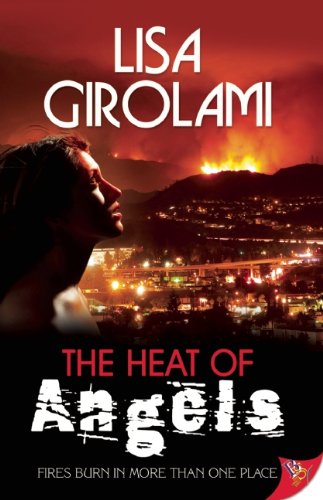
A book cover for The Heat of Angels; Lisa Girolami; Romance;